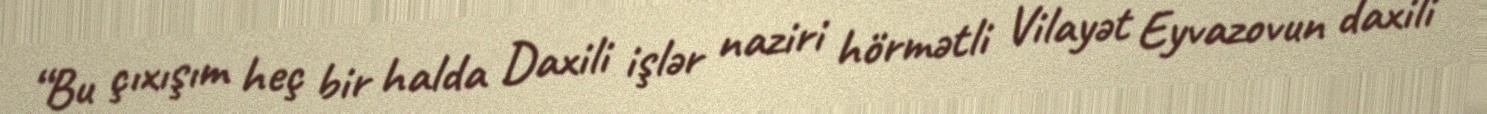
“Bu çıxışım heç bir halda Daxili işlər naziri hörmətli Vilayət Eyvazovun daxili